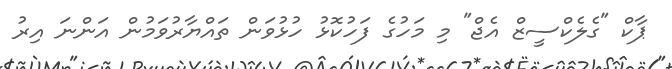
ޕާކް "ގެލެކްސީޒް އެޖް" މި މަހުގެ ފަހުކޮޅު ހުޅުވަން ތައްޔާރުވަމުން އަންނަ އިރު